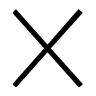
\bigtimes